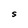
Character: S